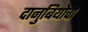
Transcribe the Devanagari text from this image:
दानुबियोचा